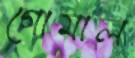
গোমাল